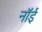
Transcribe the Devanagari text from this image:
नॉई